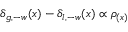
\delta _ { g , - w } ( x ) - \delta _ { l , - w } ( x ) \propto \rho _ { ( x ) }